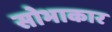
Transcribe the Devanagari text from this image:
सोभाकार